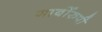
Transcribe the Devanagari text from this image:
गार्बोरुपी